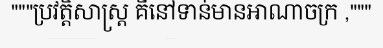
"""ប្រវត្តិសាស្ត្រ គឺនៅទាន់មានអាណាចក្រ ,"""